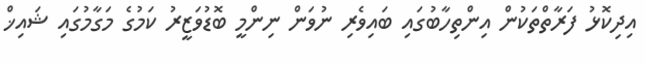
އިދިކޮޅު ފަރާތްތަކުން އިންތިހާބުގައި ބައިވެރި ނުވަން ނިންމީ ބޮޑުވަޒީރު ކަމުގެ މަގާމުގައި ޝައިޚް